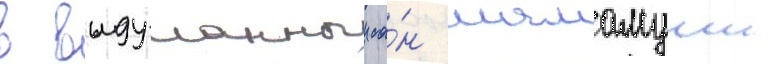
в выдуманныи са́н мамамуши